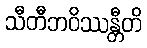
သီတီဘဝိဿန္တီတိ